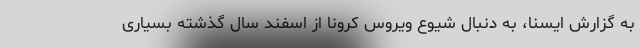
به گزارش ایسنا، به دنبال شیوع ویروس کرونا از اسفند سال گذشته بسیاری